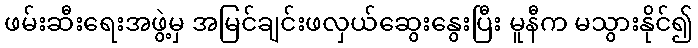
ဖမ်းဆီးရေးအဖွဲ့မှ အမြင်ချင်းဖလှယ်ဆွေးနွေးပြီး မူနီက မသွားနိုင်၍